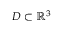
D \subset \mathbb { R } ^ { 3 }